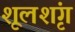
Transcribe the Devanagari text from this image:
शूलशृंग